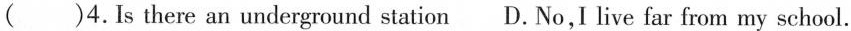
( )4.Is there an underground station D. No, I live far from my school.